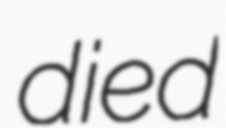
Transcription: died